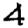
Digit: 4